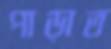
পাড়াত